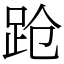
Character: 跄